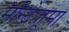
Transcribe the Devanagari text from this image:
मॉन्टेज़ूमा